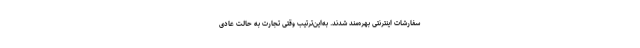
سفارشات اینترنتی بهره‌‌مند شدند. به‌این‌ترتیب وقتی تجارت به حالت عادی